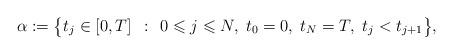
LaTeX: \begin{align*}\alpha:= \big\{ t_j\in[0,T] \;\, : \;\, 0\leqslant j \leqslant N,\; t_0=0,\; t_{N}=T,\; t_j<t_{j+1} \big\},\end{align*}